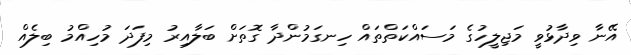
އޭނާ ވިދާޅުވީ މަޖިލީހުގެ މަސައްކަތްތައް ހިނގަމުންދާ ގޮތަށް ބަލާއިރު މިފަދަ މުހިއްމު ބިލެއް